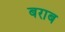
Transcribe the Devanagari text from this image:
बराब